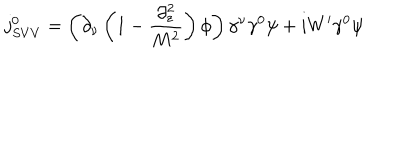
j _ { S V V } ^ { 0 } = \left( \partial _ { \nu } \left( 1 - \frac { \partial _ { z } ^ { 2 } } { M ^ { 2 } } \right) \phi \right) \gamma ^ { \nu } \gamma ^ { 0 } \psi + i W ^ { \prime } \gamma ^ { 0 } \psi